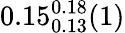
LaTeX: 0.15_{0.13}^{0.18}(1)